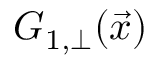
G _ { 1 , \bot } ( \vec { x } )